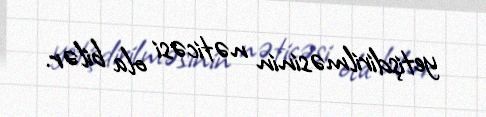
yetişdirilməsinin nəticəsi ola bilər.